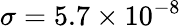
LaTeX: \sigma=5.7\times 10^{-8}